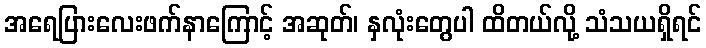
အရေပြားလေးဖက်နာကြောင့် အဆုတ်၊ နှလုံးတွေပါ ထိတယ်လို့ သံသယရှိရင်